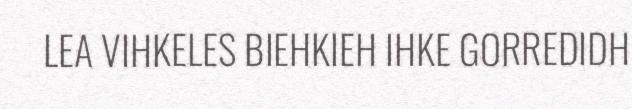
LEA VIHKELES BIEHKIEH IHKE GORREDIDH